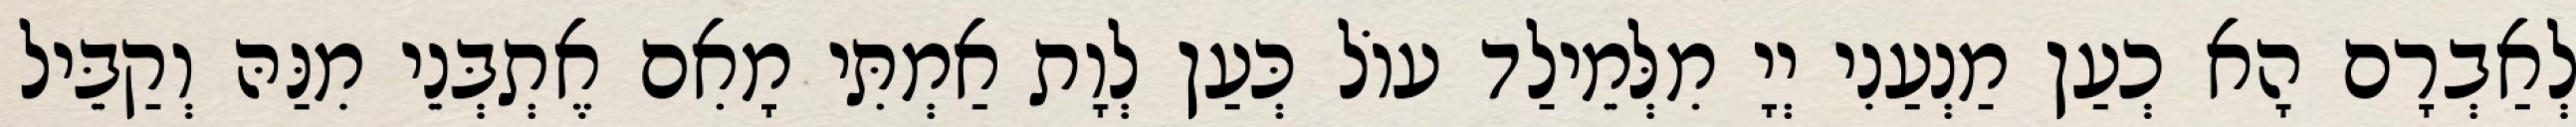
לְאַבְרָם הָא כְעַן מַנְעַנִי יְיָ מִלְּמֵילַד עוֹל כְּעַן לְוָת אַמְתִּי מָאִם אֶתְבְּנֵי מִנַּהּ וְקַבֵּיל